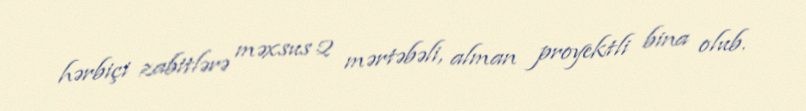
hərbiçi zabitlərə məxsus 2 mərtəbəli, alman proyektli bina olub.